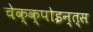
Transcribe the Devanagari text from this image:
चेक्क्पोइन्त्स